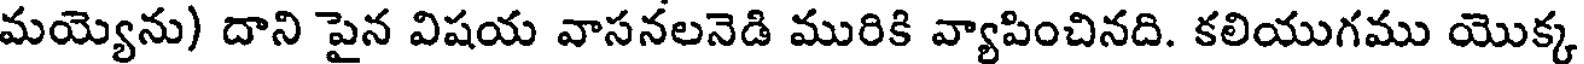
మయ్యెను) దాని పైన విషయ వాసనలనెడి మురికి వ్యాపించినది. కలియుగము యొక్క